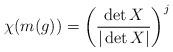
LaTeX: \begin{align*}\chi (m (g)) = \left(\frac{\det X}{|\det X|}\right)^j\end{align*}